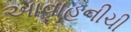
આવાહનીચી